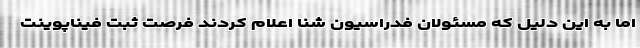
اما به این دلیل که مسئولان فدراسیون شنا اعلام کردند فرصت ثبت فیناپوینت